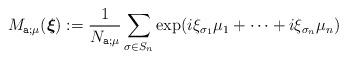
LaTeX: \begin{align*}M_{\texttt{a};\mu} (\boldsymbol{\xi}) := \frac{1}{N_{\texttt{a}; \mu}} \sum_ {\sigma\in S_{n}} \exp (i \xi_{\sigma_1}\mu_1+\cdots +i \xi_{\sigma_{n}} \mu_{n}) \end{align*}